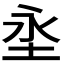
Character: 𭯼